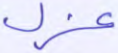
عزل